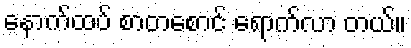
နောက်ထပ် စာတစောင် ရောက်လာ တယ်။